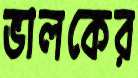
ভালকের